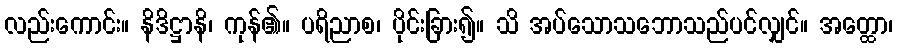
လည်းကောင်း။ နိဒိဋ္ဌာနိ၊ ကုန်၏။ ပရိညာစ၊ ပိုင်းခြား၍။ သိ အပ်သောသဘောသည်ပင်လျှင်။ အတ္ထော၊